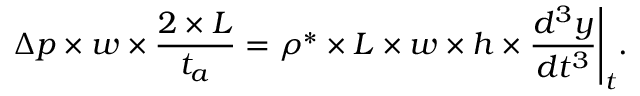
\Delta p \times w \times \frac { 2 \times L } { t _ { a } } = \rho ^ { * } \times L \times w \times h \times \frac { d ^ { 3 } y } { d t ^ { 3 } } \Bigg \rvert _ { t } .